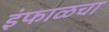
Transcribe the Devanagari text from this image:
इंफाळचा